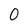
Character: O